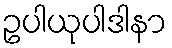
ဥပါယုပါဒါနာ